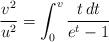
LaTeX: \begin{align*}\frac{v^2}{u^2} = \int_0^{v} \frac{t\, dt}{e^{t}-1}\end{align*}